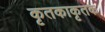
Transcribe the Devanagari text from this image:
कृतकाकृतक